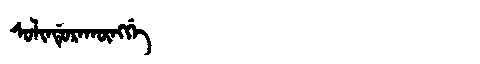
Manchu: ᠰᠣᠯᡳᠨᡩᡠᡵᠠᡴᡡᠩᡤᡝ
Romanization: SOLINDURAKŪNGGE